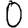
Digit: 0